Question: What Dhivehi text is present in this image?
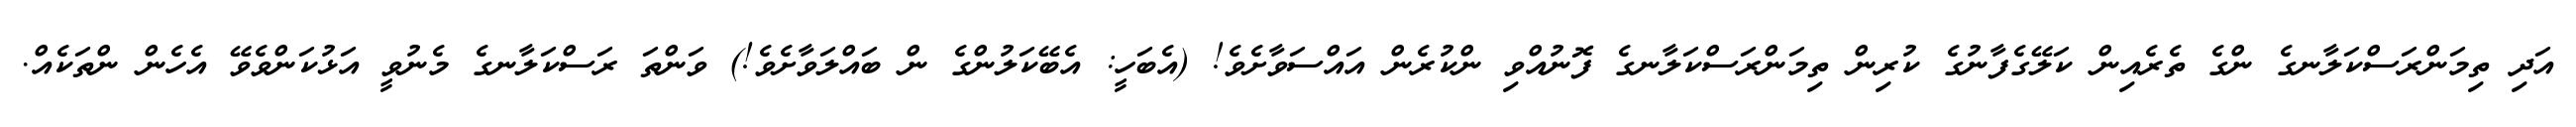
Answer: އަދި ތިމަންރަސްކަލާނގެ ންގެ ތެރެއިން ކަލޭގެފާނުގެ ކުރިން ތިމަންރަސްކަލާނގެ ފޮނުއްވި ންކުރެން އައްސަވާށެވެ! (އެބަހީ: އެބޭކަލުންގެ ން ބައްލަވާށެވެ!) ވަންތަ ރަސްކަލާނގެ މެނުވީ އަޅުކަންވެވޭ އެހެން ންތަކެއް.